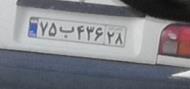
۷۵ب۴۳۶۲۸